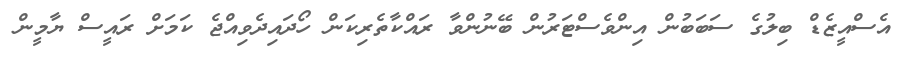
އެސްއީޒެޑް ބިލުގެ ސަބަބުން އިންވެސްޓަރުން ބޭނުންވާ ރައްކާތެރިކަން ހޯދައިދެވިއްޖެ ކަމަށް ރައީސް ޔާމީން